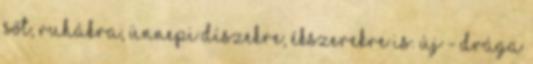
Sőt, ruhákra, ünnepi díszekre, ékszerekre is. Új - drága